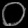
Digit: ၀